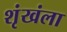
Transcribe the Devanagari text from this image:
शृंखंला